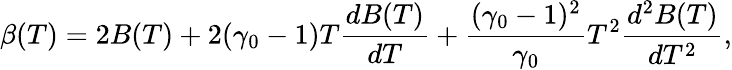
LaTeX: \beta(T)=2B(T)+2(\gamma_{0}-1)T\frac{dB(T)}{dT}+\frac{(\gamma_{0}-1)^{2}}{\gamma_{0}}T^{2}\frac{d^{2}B(T)}{dT^{2}},